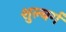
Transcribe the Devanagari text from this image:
शुल्बर्ग